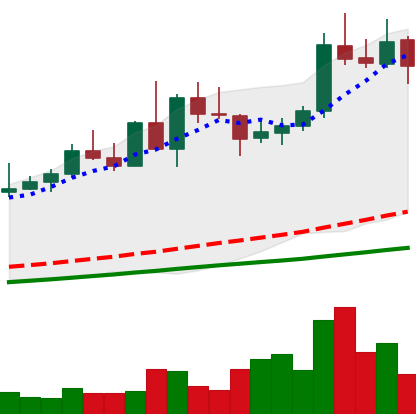
Ticker: NEO-USD
Chart end date: 2020-09-02
Forward return: -10.743%
Label: down_7plus